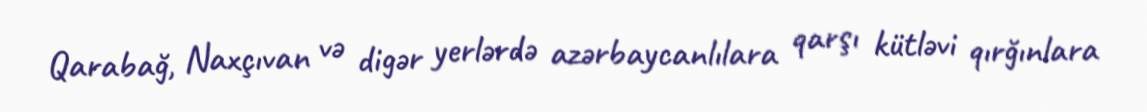
Qarabağ, Naxçıvan və digər yerlərdə azərbaycanlılara qarşı kütləvi qırğınlara